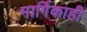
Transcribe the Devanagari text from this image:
मार्गिकाही